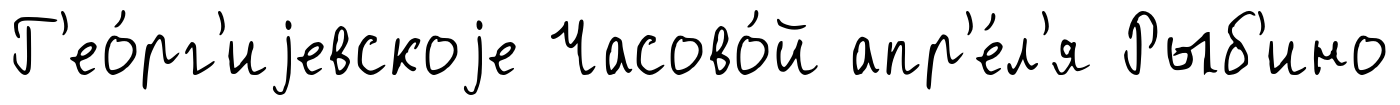
Г'ео́рг'иjевскоjе Часово́й апр'е́л'я Рыб'ино